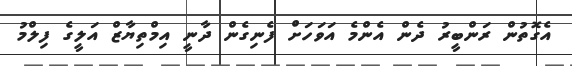
އެގޮތުން ރަންބީރު ދެން އެންމެ އަވަހަށް ފެނިގެން ދާނީ އިމްތިޔާޒް އަލީގެ ފިލްމު